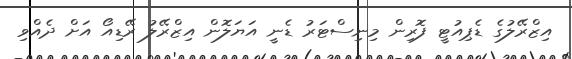
އިޒްރޭލުގެ ޑެޕިއުޓީ ފޮރިން މިނިސްޓަރު ޑެނީ އަޔަލޮން އިޒްރޭލު ރޭޑިއޯ އަށް ދެއްވި